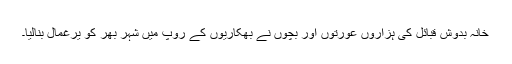
خانہ بدوش قبائل کی ہزاروں عورتوں اور بچوں نے بھکاریوں کے روپ میں شہر بھر کو یرغمال بنالیا۔